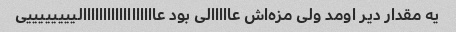
یه مقدار دیر اومد ولی مزه‌اش عااااالی بود عاااااااااااااااااالییییییییی